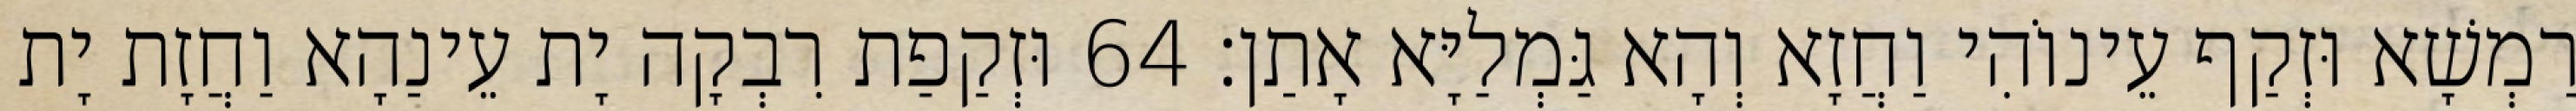
רַמְשָׁא וּזְקַף עֵינוֹהִי וַחֲזָא וְהָא גַּמְלַיָּא אָתַן׃ 64 וּזְקַפַת רִבְקָה יָת עֵינַהָא וַחֲזָת יָת